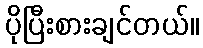
ပိုပြီးစားချင်တယ်။